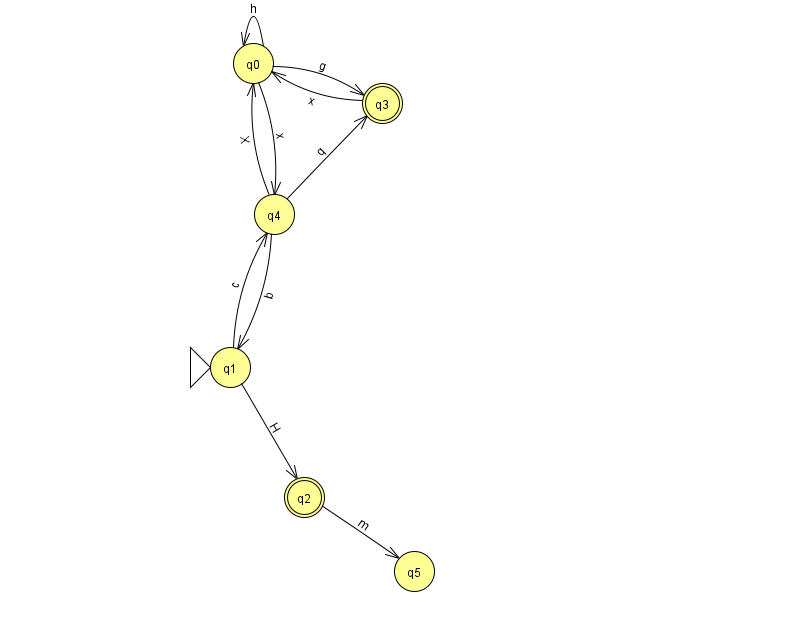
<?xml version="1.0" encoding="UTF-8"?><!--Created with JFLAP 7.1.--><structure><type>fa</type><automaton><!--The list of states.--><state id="0" name="q0"><x>253.0</x><y>50.0</y></state><state id="1" name="q1"><x>230.0</x><y>354.0</y><initial/></state><state id="2" name="q2"><x>304.0</x><y>484.0</y><final/></state><state id="3" name="q3"><x>382.0</x><y>90.0</y><final/></state><state id="4" name="q4"><x>274.0</x><y>201.0</y></state><state id="5" name="q5"><x>414.0</x><y>558.0</y></state><!--The list of transitions.--><transition><from>4</from><to>3</to><read>q</read></transition><transition><from>2</from><to>5</to><read>m</read></transition><transition><from>0</from><to>4</to><read>x</read></transition><transition><from>3</from><to>0</to><read>x</read></transition><transition><from>4</from><to>0</to><read>X</read></transition><transition><from>1</from><to>2</to><read>H</read></transition><transition><from>0</from><to>0</to><read>h</read></transition><transition><from>1</from><to>4</to><read>c</read></transition><transition><from>4</from><to>1</to><read>b</read></transition><transition><from>0</from><to>3</to><read>g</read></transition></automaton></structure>